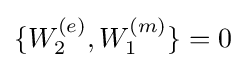
\{W_{2}^{(e)},W_{1}^{(m)}\}=0